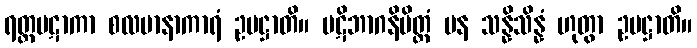
ရတ္တပဋာကာ စလမာနာကာရံ ဥပဋ္ဌာတိ။ ပဋိဘာဂနိမိတ္တံ ပန သန္နိသိန္နံ ဟုတွာ ဥပဋ္ဌာတိ။